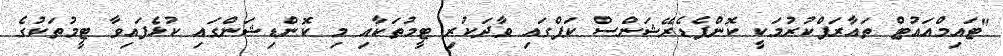
"ޓައިމްއައުޓް ތައާރަފްކުރުމަކީ ކޮންފެޑެރޭޝަންސް ކަޕްގައި ވާދަކުރި ޓީމުތަކާއި މި ކޮންޑިޝަންގައި ކުޅެފައިވާ ޓީމުތަކުގެ